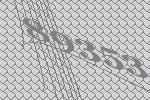
89353